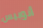
أنوبيس